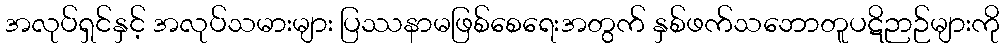
အလုပ်ရှင်နှင့် အလုပ်သမားများ ပြဿနာမဖြစ်စေရေးအတွက် နှစ်ဖက်သဘောတူပဋိဉာဉ်များကို